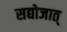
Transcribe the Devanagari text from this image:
सद्योजात्